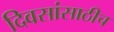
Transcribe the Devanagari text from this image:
दिवसांसाठीच